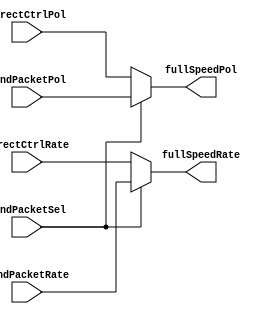
module speedCtrlMux (directCtrlRate, directCtrlPol, sendPacketRate, sendPacketPol, sendPacketSel, fullSpeedRate, fullSpeedPol);
input   directCtrlRate;
input   directCtrlPol;
input   sendPacketRate;
input   sendPacketPol;
input   sendPacketSel;
output  fullSpeedRate;
output  fullSpeedPol;

wire   directCtrlRate;
wire   directCtrlPol;
wire   sendPacketRate;
wire   sendPacketPol;
wire   sendPacketSel;
reg   fullSpeedRate;
reg   fullSpeedPol;


always @(directCtrlRate or directCtrlPol or sendPacketRate or sendPacketPol or sendPacketSel)
begin
  if (sendPacketSel == 1'b1) 
  begin
  fullSpeedRate <= sendPacketRate;
  fullSpeedPol <= sendPacketPol;
  end
  else
  begin
  fullSpeedRate <= directCtrlRate;
  fullSpeedPol <= directCtrlPol;
  end
end

endmodule